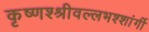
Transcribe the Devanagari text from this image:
कृष्णश्श्रीवल्लभश्शांर्गी